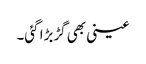
عینی بھی گڑبڑا گئی۔